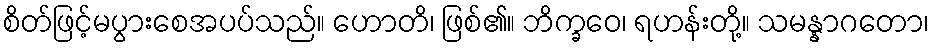
စိတ်ဖြင့်မပွားစေအပပ်သည်။ ဟောတိ၊ ဖြစ်၏။ ဘိက္ခဝေ၊ ရဟန်းတို့။ သမန္နာဂတော၊